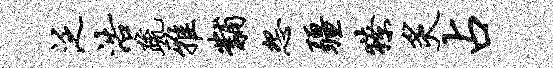
泛浩疏雅黼怨疆獠炙占